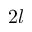
2 l